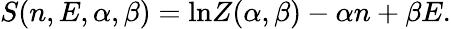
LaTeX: S(n,E,\alpha,\beta)=\mathrm{ln}Z(\alpha,\beta)-\alpha n+\beta E.